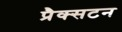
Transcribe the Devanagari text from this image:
प्रैक्सटन